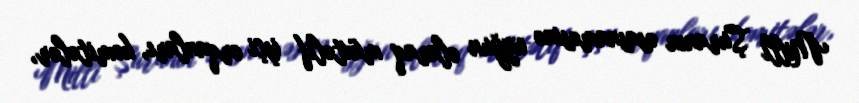
Milli Şuranın əsasnaməsinə uyğun olaraq müxtəlif işçi orqanları, komitələr,